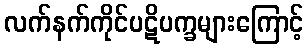
လက်နက်ကိုင်ပဋိပက္ခများကြောင့်